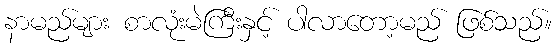
နာမည်များ စာလုံးမဲကြီးနှင့် ပါလာတော့မည် ဖြစ်သည်။